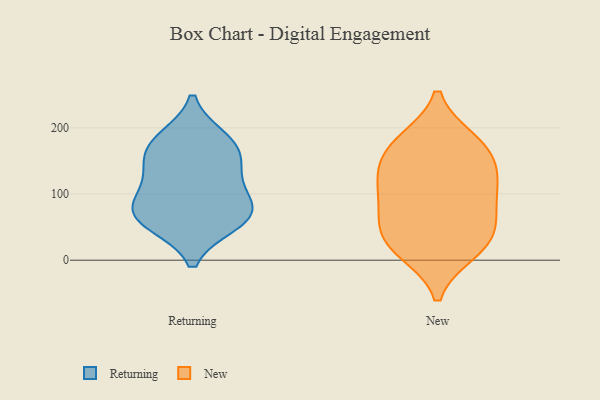
{"axis": {"x": "LTV (USD)", "y": "Value"}, "legend": ["New", "Returning"], "data": [{"x": "", "y": 125, "type": "Returning"}, {"x": "", "y": 135, "type": "Returning"}, {"x": "", "y": 57, "type": "Returning"}, {"x": "", "y": 175, "type": "Returning"}, {"x": "", "y": 56, "type": "Returning"}, {"x": "", "y": 183, "type": "Returning"}, {"x": "", "y": 83, "type": "Returning"}, {"x": "", "y": 77, "type": "Returning"}, {"x": "", "y": 164, "type": "Returning"}, {"x": "", "y": 77, "type": "Returning"}, {"x": "", "y": 87, "type": "New"}, {"x": "", "y": 149, "type": "New"}, {"x": "", "y": 181, "type": "New"}, {"x": "", "y": 171, "type": "New"}, {"x": "", "y": 181, "type": "New"}, {"x": "", "y": 13, "type": "New"}, {"x": "", "y": 136, "type": "New"}, {"x": "", "y": 67, "type": "New"}, {"x": "", "y": 24, "type": "New"}, {"x": "", "y": 43, "type": "New"}, {"x": "", "y": 16, "type": "New"}, {"x": "", "y": 49, "type": "New"}, {"x": "", "y": 127, "type": "New"}, {"x": "", "y": 113, "type": "New"}, {"x": "", "y": 96, "type": "New"}]}